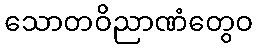
သောတဝိညာဏံတွေဝ